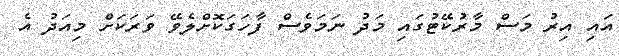
އައި އިރު މަސް މާރުކޭޓުގައި މަދު ނަމަވެސް ފާހަގަކޮށްލެވޭ ވަރަކަށް މިއަދު އެ